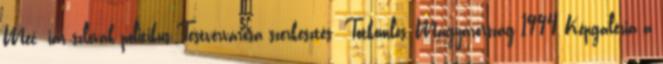
Mečiar szlovák politikus Testvérvárosa szerkesztés Tótkomlós, Magyarország 1994 Képgaléria a